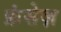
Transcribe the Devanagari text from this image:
फ्रंसेज़